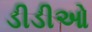
ડીડીઓ